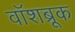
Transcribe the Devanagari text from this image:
वॉशब्रूक